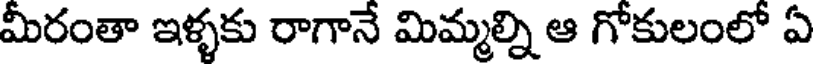
మీరంతా ఇళ్ళకు రాగానే మిమ్మల్ని ఆ గోకులంలో ఏ